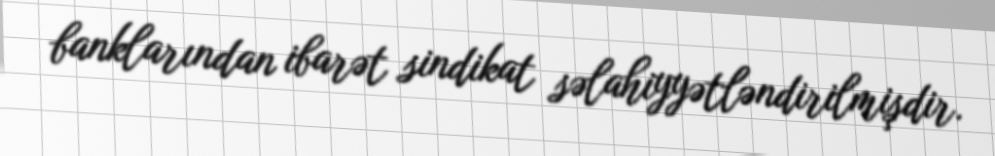
banklarından ibarət sindikat səlahiyyətləndirilmişdir.